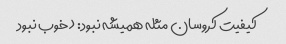
کیفیت کروسان مثله همیشه نبود: (خوب نبود